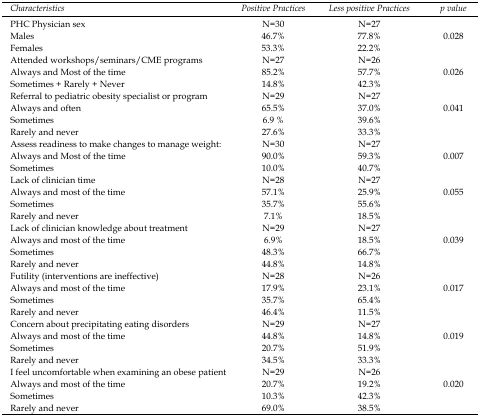
<table><thead><tr><td><b>Characteristics</b></td><td><b>Positive Practices</b></td><td><b>Less positive Practices</b></td><td><b>p value</b></td></tr></thead><tbody><tr><td>PHC Physician sex</td><td>N=30</td><td>N=27</td><td></td></tr><tr><td>Males</td><td>46.7%</td><td>77.8%</td><td rowspan="3">0.028</td></tr><tr><td>Females</td><td>53.3%</td><td>22.2%</td></tr><tr><td>Attended workshops/seminars/CME programs</td><td>N=27</td><td>N=26</td></tr><tr><td>Always and Most of the time</td><td>85.2%</td><td>57.7%</td><td rowspan="3">0.026</td></tr><tr><td>Sometimes + Rarely + Never</td><td>14.8%</td><td>42.3%</td></tr><tr><td>Referral to pediatric obesity specialist or program</td><td>N=29</td><td>N=27</td></tr><tr><td>Always and often</td><td>65.5%</td><td>37.0%</td><td rowspan="4">0.041</td></tr><tr><td>Sometimes</td><td>6.9 %</td><td>39.6%</td></tr><tr><td>Rarely and never</td><td>27.6%</td><td>33.3%</td></tr><tr><td>Assess readiness to make changes to manage weight:</td><td>N=30</td><td>N=27</td></tr><tr><td>Always and Most of the time</td><td>90.0%</td><td>59.3%</td><td rowspan="3">0.007</td></tr><tr><td>Sometimes</td><td>10.0%</td><td>40.7%</td></tr><tr><td>Lack of clinician time</td><td>N=28</td><td>N=27</td></tr><tr><td>Always and most of the time</td><td>57.1%</td><td>25.9%</td><td rowspan="4">0.055</td></tr><tr><td>Sometimes</td><td>35.7%</td><td>55.6%</td></tr><tr><td>Rarely and never</td><td>7.1%</td><td>18.5%</td></tr><tr><td>Lack of clinician knowledge about treatment</td><td>N=29</td><td>N=27</td></tr><tr><td>Always and most of the time</td><td>6.9%</td><td>18.5%</td><td rowspan="4">0.039</td></tr><tr><td>Sometimes</td><td>48.3%</td><td>66.7%</td></tr><tr><td>Rarely and never</td><td>44.8%</td><td>14.8%</td></tr><tr><td>Futility (interventions are ineffective)</td><td>N=28</td><td>N=26</td></tr><tr><td>Always and most of the time</td><td>17.9%</td><td>23.1%</td><td rowspan="4">0.017</td></tr><tr><td>Sometimes</td><td>35.7%</td><td>65.4%</td></tr><tr><td>Rarely and never</td><td>46.4%</td><td>11.5%</td></tr><tr><td>Concern about precipitating eating disorders</td><td>N=29</td><td>N=27</td></tr><tr><td>Always and most of the time</td><td>44.8%</td><td>14.8%</td><td rowspan="4">0.019</td></tr><tr><td>Sometimes</td><td>20.7%</td><td>51.9%</td></tr><tr><td>Rarely and never</td><td>34.5%</td><td>33.3%</td></tr><tr><td>I feel uncomfortable when examining an obese patient</td><td>N=29</td><td>N=26</td></tr><tr><td>Always and most of the time</td><td>20.7%</td><td>19.2%</td><td rowspan="3">0.020</td></tr><tr><td>Sometimes</td><td>10.3%</td><td>42.3%</td></tr><tr><td>Rarely and never</td><td>69.0%</td><td>38.5%</td></tr></tbody></table>